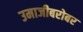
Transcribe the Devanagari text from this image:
उमाजीबरोबर